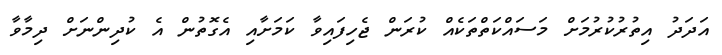
އަދަދު އިތުރުކުރުމަށް މަސައްކަތްތަކެއް ކުރަން ޖެހިފައިވާ ކަމަށާއި އެގޮތުން އެ ކުދިންނަށް ދިމާވާ